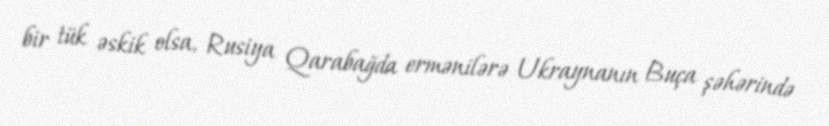
bir tük əskik olsa, Rusiya Qarabağda ermənilərə Ukraynanın Buça şəhərində